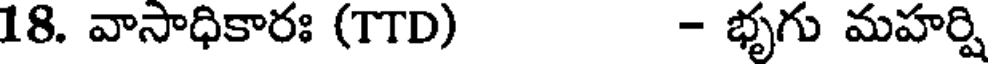
18. వాసాధికారః (TTD) - భృగు మహర్షి